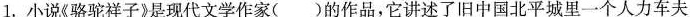
1.小说《骆驼祥子》是现代文学作家( )的作品，它讲述了旧中国北平城里一个人力车夫